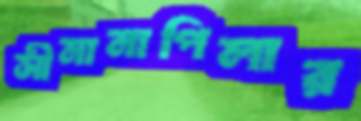
সীমানাপিলার